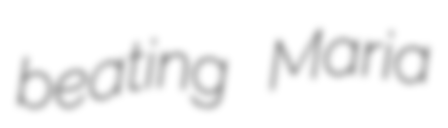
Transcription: beating Maria